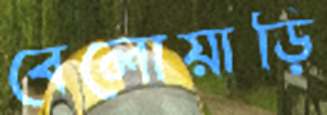
বেলোয়াড়ি